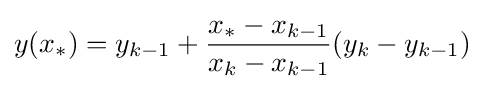
y(x_{*})=y_{k-1}+{\frac {x_{*}-x_{k-1}}{x_{k}-x_{k-1}}}(y_{k}-y_{k-1})